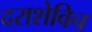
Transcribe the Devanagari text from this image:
दराशेविच